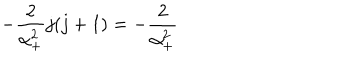
LaTeX: - \frac 2 { \alpha _ { + } ^ { 2 } } j ( j + 1 ) = - \frac 2 { \alpha _ { + } ^ { 2 } }